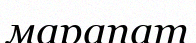
марапат